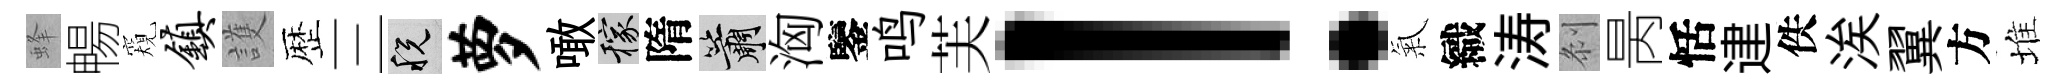
蜂暢窺镇護歴三税萝噉稼隋簫洶鑒鸣芙！氣織涛𠛴昺恬䢖佚涘翼方堆